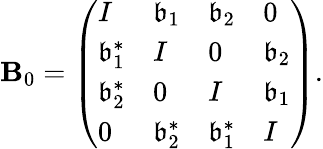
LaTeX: \mathbf{B}_{0}=\left(\begin{array}{llll}{I}&{\mathfrak{b}_{1}}&{\mathfrak{b}_{2}}&{0}\\ {\mathfrak{b}_{1}^{*}}&{I}&{0}&{\mathfrak{b}_{2}}\\ {\mathfrak{b}_{2}^{*}}&{0}&{I}&{\mathfrak{b}_{1}}\\ {0}&{\mathfrak{b}_{2}^{*}}&{\mathfrak{b}_{1}^{*}}&{I}\end{array}\right).